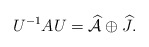
\begin{align*}U^{-1}AU=\widehat{\mathcal{A}}\oplus \widehat J.\end{align*}